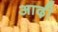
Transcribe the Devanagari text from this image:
आढ़ी